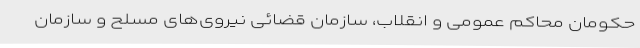
حکومان محاکم عمومی و انقلاب، سازمان قضائی نیروی‌های مسلح و سازمان